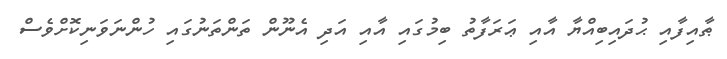
ޠާއިފާއި ޙުދައިބިއްޔާ އާއި ޢަރަފާތު ބިމުގައި އާއި އަދި އެނޫން ތަންތަނުގައި ހުންނަވަނިކޮށްވެސް